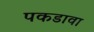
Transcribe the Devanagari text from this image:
पकडावा